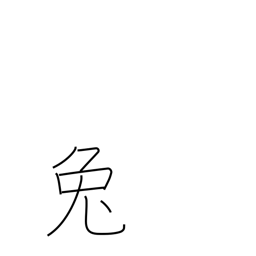
Meaning: hare